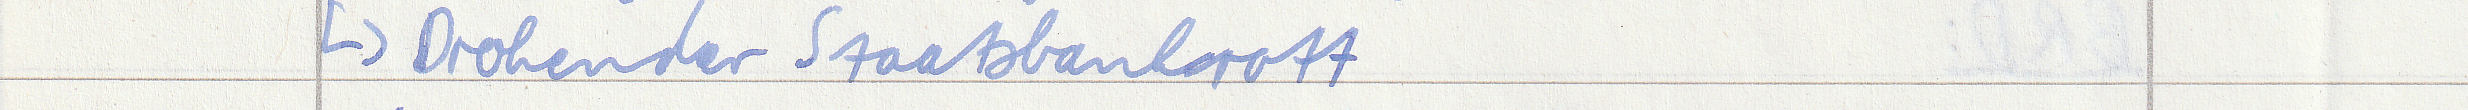
-> Drohender Staatsbankrott